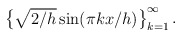
\begin{align*}\begin{Bmatrix} \sqrt{2/h}\sin(\pi k x/h) \end{Bmatrix}_{k=1}^{\infty}.\end{align*}